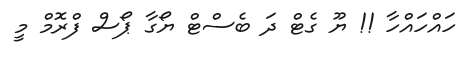
ހައްހައްހާާ !! ޔޫ ގެޓް ދަ ބެސްޓް ޔޯގާ ޕޯސް ފްރޮމް މީ